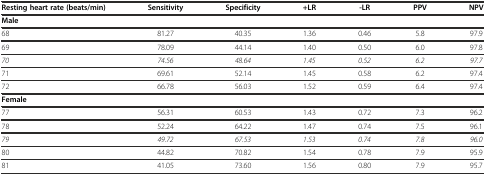
| Resting heart rate (beats/min) | Sensitivity | Specificity | +LR | -LR | PPV | NPV |
 | --- | --- | --- | --- | --- | --- | --- |
 | Male |  |  |  |  |  |  |
 | 68 | 81.27 | 40.35 | 1.36 | 0.46 | 5.8 | 97.9 |
 | 69 | 78.09 | 44.14 | 1.40 | 0.50 | 6.0 | 97.8 |
 | 70 | 74.56 | 48.64 | 1.45 | 0.52 | 6.2 | 97.7 |
 | 71 | 69.61 | 52.14 | 1.45 | 0.58 | 6.2 | 97.4 |
 | 72 | 66.78 | 56.03 | 1.52 | 0.59 | 6.4 | 97.4 |
 | Female |  |  |  |  |  |  |
 | 77 | 56.31 | 60.53 | 1.43 | 0.72 | 7.3 | 96.2 |
 | 78 | 52.24 | 64.22 | 1.47 | 0.74 | 7.5 | 96.1 |
 | 79 | 49.72 | 67.53 | 1.53 | 0.74 | 7.8 | 96.0 |
 | 80 | 44.82 | 70.82 | 1.54 | 0.78 | 7.9 | 95.9 |
 | 81 | 41.05 | 73.60 | 1.56 | 0.80 | 7.9 | 95.7 |